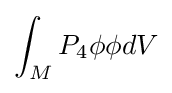
\int _{M}P_{4}\phi \phi dV